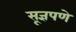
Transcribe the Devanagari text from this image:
सूज्ञपणे